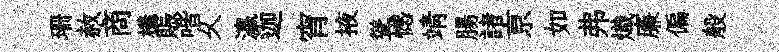
珊赦商構賑喈乆瀛迦宵掖聳憾靖腸諸亰如弗熾廉偏般